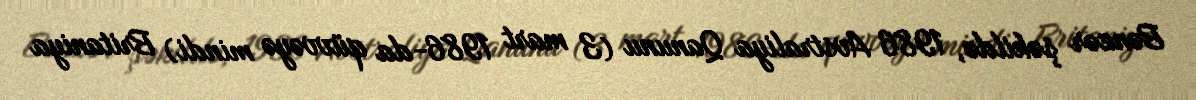
Bənzər şəkildə, 1986 Avstraliya Qanunu (3 mart 1986-da qüvvəyə mindi) Britaniya